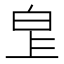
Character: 𤽓